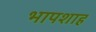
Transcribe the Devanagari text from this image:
भापशाह